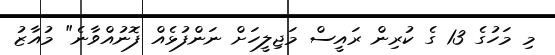
މި މަހުގެ 13 ގެ ކުރިން ރައީސް މަޖިލީހަށް ނަންފުޅެއް ފޮނުއްވާނެ" މުއާޒު